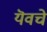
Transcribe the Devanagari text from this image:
यॆवचे